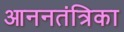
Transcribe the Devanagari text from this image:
आननतंत्रिका